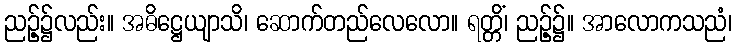
ညဉ့်၌လည်း။ အဓိဋ္ဌေယျာသိ၊ ဆောက်တည်လေလော။ ရတ္တိံ၊ ညဉ့်၌။ အာလောကသညံ၊